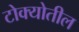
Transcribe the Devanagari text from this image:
टोक्योतील